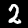
Label: 2